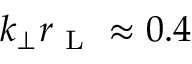
k _ { \perp } r _ { \mathrm { ~ L ~ } } \approx 0 . 4